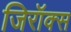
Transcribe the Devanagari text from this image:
जिरॉक्स